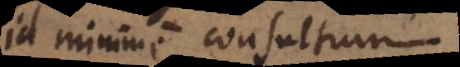
id minime consultum